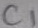
Text: C1